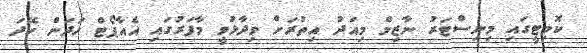
ކޮމިޓީގައި މިނިސްޓަރު ނާޒިމް މިއަދު އިތުރަށް ވިދާޅުވީ މާފަރުގައި އެއާޕޯޓް ހަދަން ހޭދަ